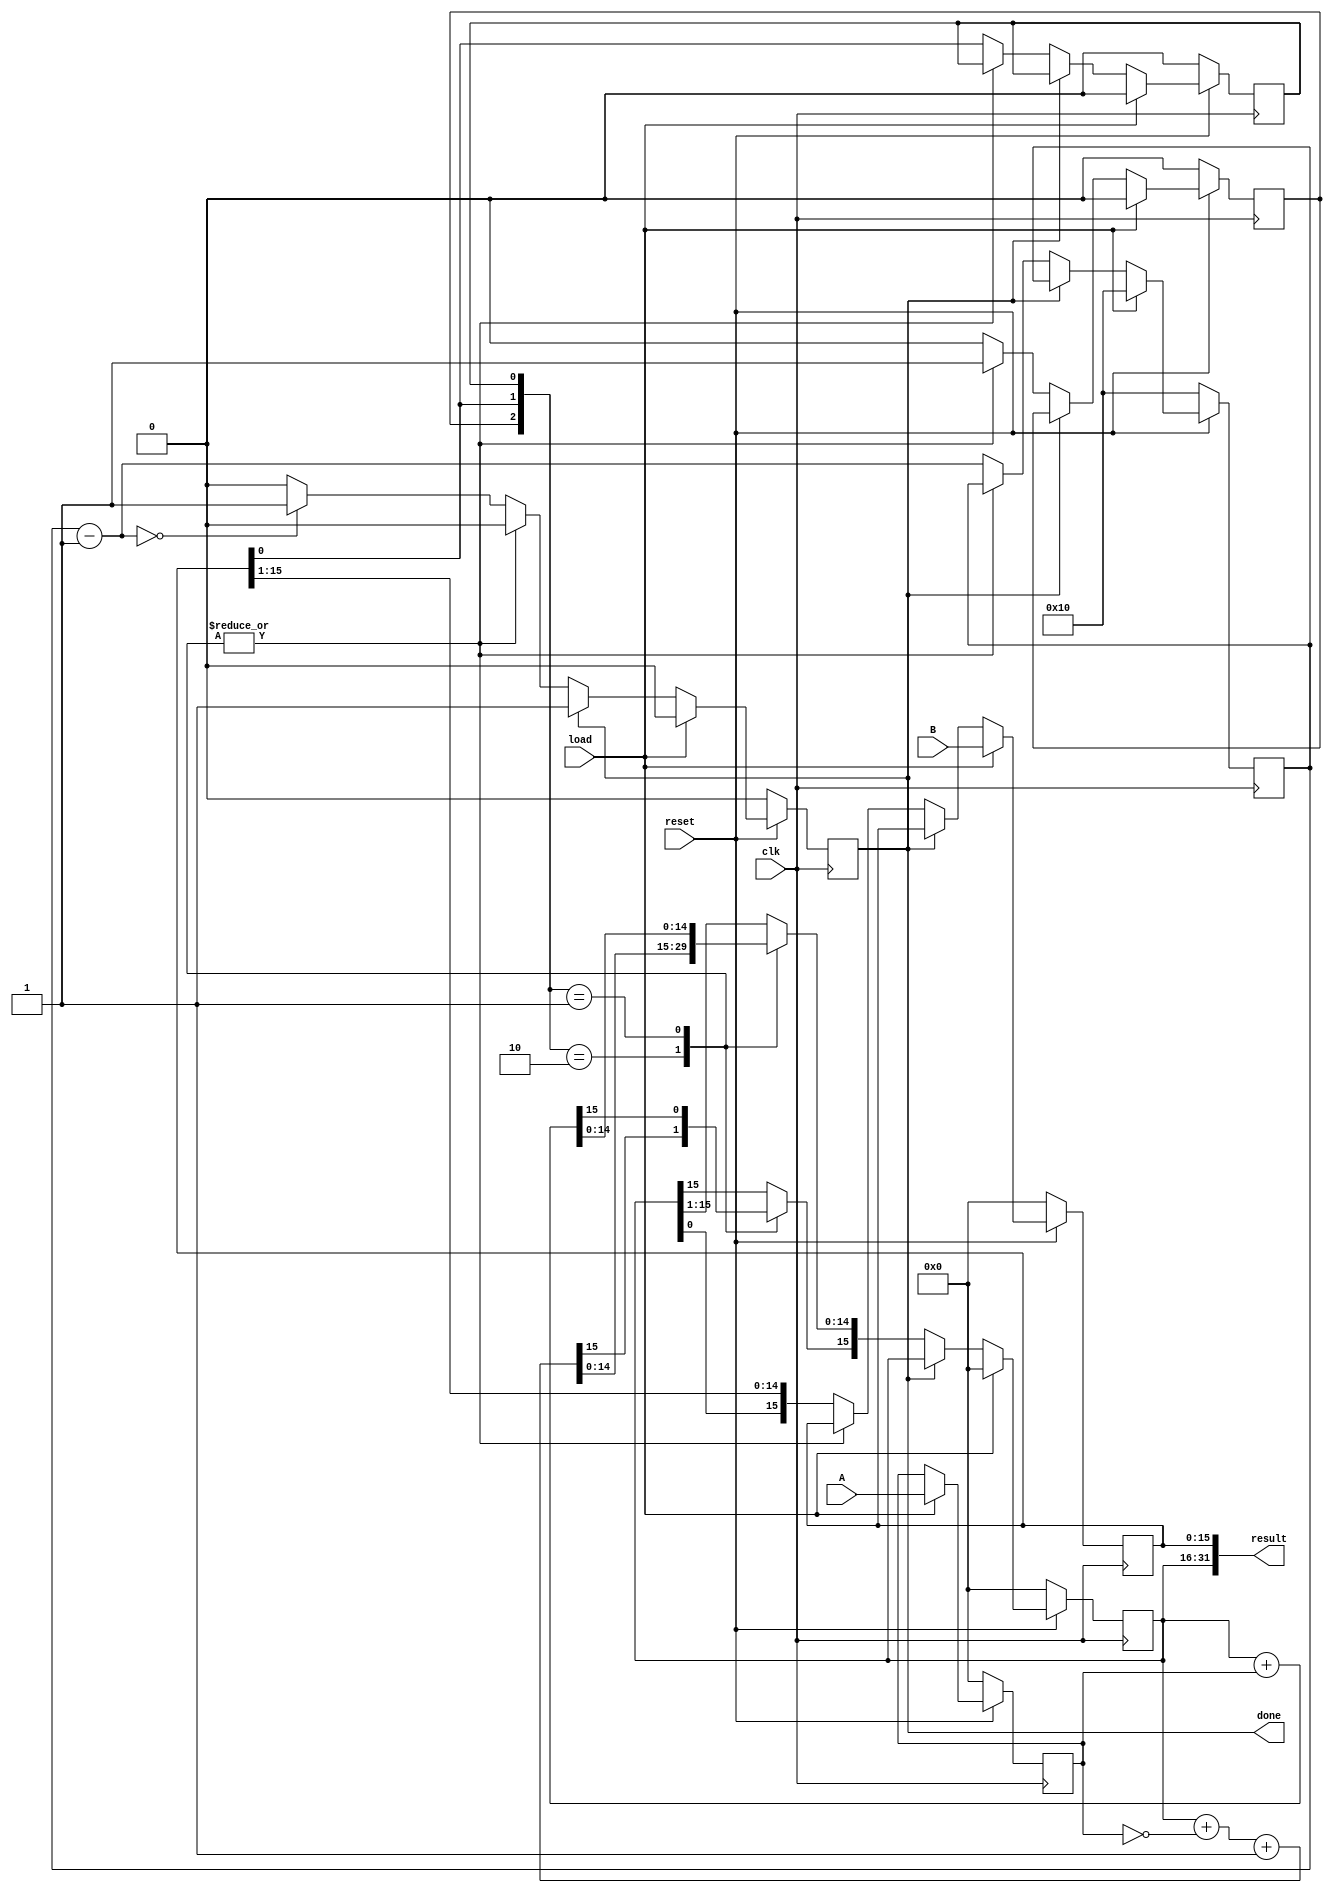

`timescale 	 1ns/1ns

module booth(clk, reset, load, A, B, done, result);

  parameter WidthMultiplicand = 16,

                   WidthMultiplier = 16,

                   WidthCount = 5,

Comp_add = 3'b010,

Add = 3'b001;

 

  input clk, reset, load;

  input [WidthMultiplicand-1:0] A;

  input [WidthMultiplier-1:0] B;

  output [WidthMultiplicand+WidthMultiplier-1:0] result;

  output done; 

  reg done, sign, E, shift, Qn_1;

  reg [WidthMultiplicand-1:0] regA;

  reg [WidthMultiplier-1:0] regB, regQ;

  reg [WidthCount-1:0] SeqCount;

  assign result = {regA,regQ};

 

  always @(posedge clk) begin

    if(!reset) begin

      regA = 0;

      regB = 0;

      regQ = 0;

      Qn_1 = 0;

      shift = 0;

      SeqCount = WidthMultiplier;

      done = 0;

    end

    else if (load) begin

      regA = 0;

      regB = A;

      regQ = B;

      Qn_1 = 0;

      shift = 0;

      SeqCount = WidthMultiplier;

      done = 0;

    end

    else if (!done) 

      case({shift,regQ[0],Qn_1})

        Comp_add:begin

          regA = regA + ~regB + 1;

          shift = 1;

          end

        Add:begin

          regA = regA + regB;

          shift = 1;

          end

          default:begin

            {regA,regQ,Qn_1} = ({regA,regQ,Qn_1}>>1);

            regA[WidthMultiplicand-1] = regA[WidthMultiplicand-2];

            SeqCount = SeqCount - 1;

            shift = 0;

            if (SeqCount == 0)

              done = 1;

          end

      endcase    

 

  end

endmodule   


module test_booth;


reg [15:0] A;
reg [15:0] B;
reg clk;
reg reset;
reg load;


wire [31:0] result;
wire done;


booth booth(
   .clk      (clk),
   .reset    (reset),
   .load     (load),
   .A        (A),
   .B        (B),
   .done     (done),
   .result   (result)
   );



initial  
    begin
       clk = 0;
       reset=1;
    
       load = 1;
       
       A[15:0] = 16'b1111111111111101;
       B[15:0] = 16'b0000000001011010;
    end

always
#32 clk = ~clk;
always
  begin
#128 load = 0;
#4096 load = 1;

end

endmodule